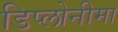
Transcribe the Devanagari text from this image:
डिप्लोनीमा